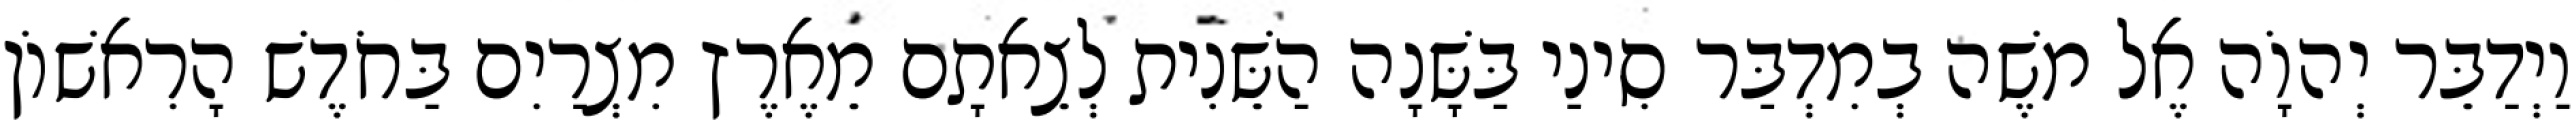
וַיְדַבֵּר יְהוָֹה אֶל משֶׁה בְמִדְבַּר סִינַי בַּשָּׁנָה הַשֵּׁנִית לְצֵאתָם מֵאֶרֶץ מִצְרַיִם בַּחֹדֶשׁ הָרִאשׁוֹן